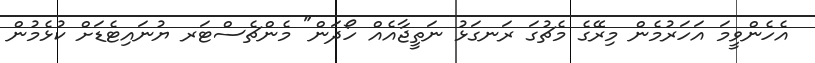
އެހެންވީމަ އަހަރުމެން މިރޭގެ މެޗުގަ ރަނގަޅު ނަތީޖާއެއް ހޯދަން" މެންޗެސްޓަރ ޔުނައިޓެޑަށް ކުޅެމުން